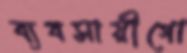
ব্যবসায়ীগো